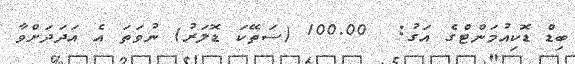
ބިޑް ޑޮކިއުމަންޓްގެ އަގު:  100.00 (ސަތޭކަ ޑޮލަރު) ނުވަތަ އެ އަދަދަށްވާ